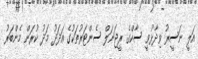
އަލީ ނަސީރު ވިދާޅުވީ ސާކްގެ ރީޖަނަލް ސެންޓަރުތަކުގެ އަދަދު މަދު ކުރަން މެންބަރު